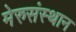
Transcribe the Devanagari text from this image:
मेरुसंस्थान